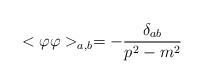
LaTeX: \begin{align*}<\varphi \varphi >_{a,b}=-\frac{\delta _{ab}}{p^2-m^2} \end{align*}